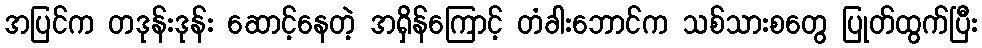
အပြင်က တဒုန်းဒုန်း ဆောင့်နေတဲ့ အရှိန်ကြောင့် တံခါးဘောင်က သစ်သားစတွေ ပြုတ်ထွက်ပြီး